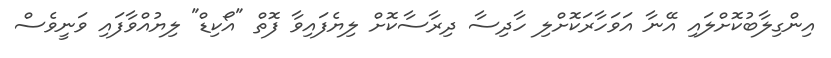
އިންގިލާބުކޮށްލައި އޭނާ އަވަހާރަކޮށްލި ހާދިސާ ދިރާސާކޮށް ލިޔެފައިވާ ފޮތް "އޯކިޑް" ލިޔުއްވާފައި ވަނީވެސް